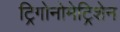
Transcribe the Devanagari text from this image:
ट्रिगोनोमेट्रिशेन